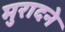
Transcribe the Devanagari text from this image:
मुरादने